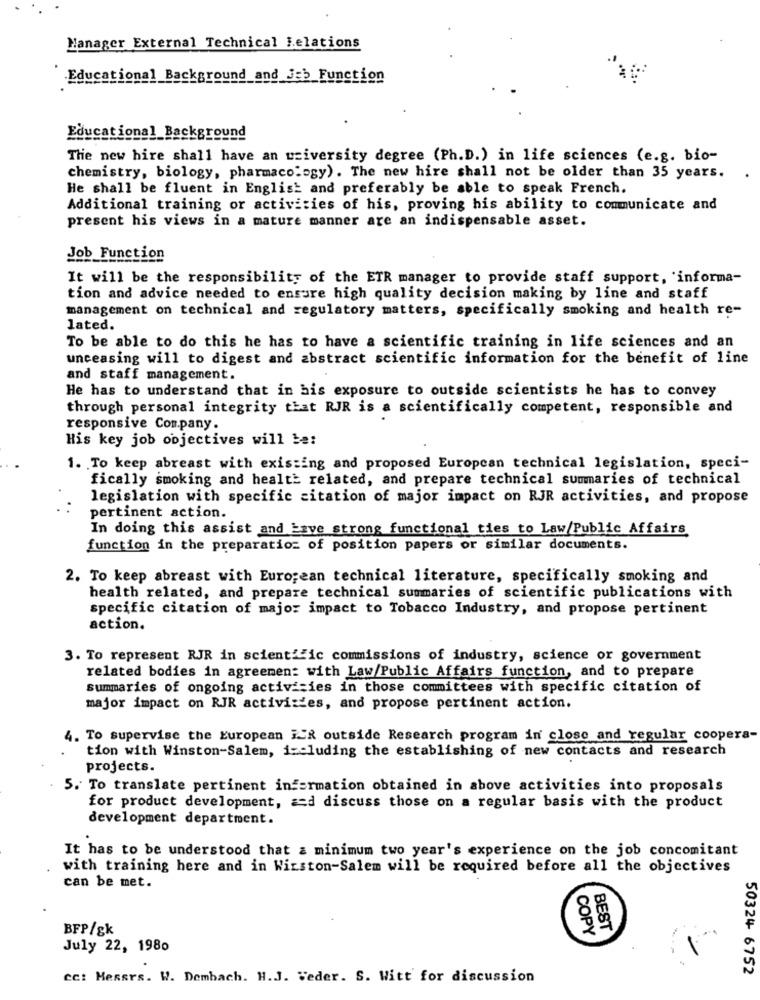
Manager External Technical Lelations
Educational Background_and_Jeb_Function
Educational_Background
The new hire shall have an university degree (Ph.D.) in life sciences (e.g. bio-
chemistry, biology, pharmacology). The new hire shall not be older than 35 years.
He shall be fluent in English and preferably be able to speak French.
Additional training or activities of his, proving his ability to communicate and
present his views in a mature manner are an indispensable asset.
Job Function
It will be the responsibility of the ETR manager to provide staff support, 'informa-
tion and advice needed to ensure high quality decision making by line and staff
management on technical and regulatory matters, specifically smoking and health re-
lated.
To be able to do this he has to have a scientific training in life sciences and an
unceasing will to digest and abstract scientific information for the benefit of line
and staff management.
He has to understand that in his exposure to outside scientists he has to convey
through personal integrity that RJR is a scientifically competent, responsible and
responsive Company.
His key job objectives will be:
1. To keep abreast with existing and proposed Europcan technical legislation, speci-
fically smoking and health related, and prepare technical summaries of technical
legislation with specific citation of major impact on RJR activities, and propose
pertinent action.
In doing this assist and Lave strong functional ties to Law/Public Affairs
function in the preparation of position papers or similar documents.
2. To keep abreast with European technical literature, specifically smoking and
health related, and prepare technical summaries of scientific publications with
specific citation of major impact to Tobacco Industry, and propose pertinent
action.
3. To represent RJR in scientific commissions of industry, science or government
related bodies in agreement with Law/Public Affairs function, and to prepare
summaries of ongoing activities in those committees with specific citation of
major impact on RJR activities, and propose pertinent action.
4. To supervise the European JER outside Research program in close and regular coopera-
tion with Winston-Salem, including the establishing of new contacts and research
projects.
5. To translate pertinent information obtained in above activities into proposals
for product development, == d discuss those on a regular basis with the product
development department.
It has to be understood that a minimum two year's experience on the job concomitant
with training here and in Winston-Salem will be required before all the objectives
can be met.
8
BFP/gk
COPY
BEST
July 22, 1980
50324 6752
cc: Messrs. W. Dembach. H.J. Weder. S. Witt for discussion